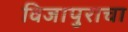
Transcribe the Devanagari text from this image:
विजापुराचा